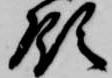
領